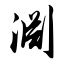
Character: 渊